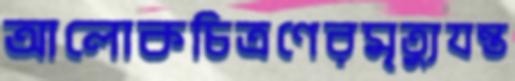
আলোকচিত্রণেরমৃত্যুযন্ত